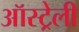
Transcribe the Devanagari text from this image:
ऑस्ट्रेली